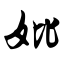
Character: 妣